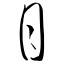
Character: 月